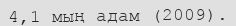
4,1 мың адам (2009).